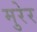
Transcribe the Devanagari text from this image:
मुरेर